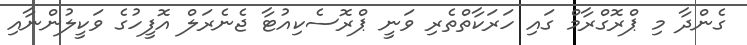
ގެންދާ މި ޕްރޮގްރާމް ގައި ހަރަކާތްތެރި ވަނީ ޕްރޮސެކިއުޓާ ޖެނެރަލް އޮފީހުގެ ވަކީލުންނާއި